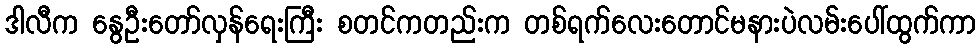
ဒါလီက နွေဦးတော်လှန်ရေးကြီး စတင်ကတည်းက တစ်ရက်လေးတောင်မနားပဲလမ်းပေါ်ထွက်ကာ